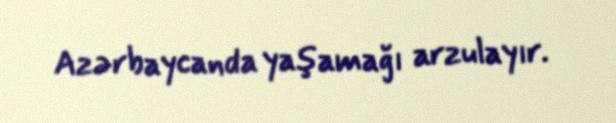
Azərbaycanda yaşamağı arzulayır.